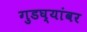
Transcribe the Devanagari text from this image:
गुडघ्यांवर